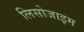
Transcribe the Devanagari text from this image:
लिसोजाइम